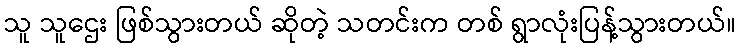
သူ သူဌေး ဖြစ်သွားတယ် ဆိုတဲ့ သတင်းက တစ် ရွာလုံးပြန့်သွားတယ်။